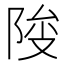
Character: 𱀕